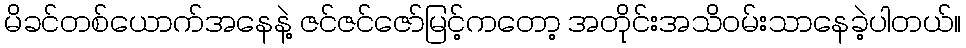
မိခင်တစ်ယောက်အနေနဲ့ ဇင်ဇင်ဇော်မြင့်ကတော့ အတိုင်းအသိဝမ်းသာနေခဲ့ပါတယ်။